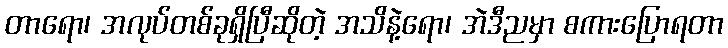
တာရော၊ အလုပ်တစ်ခုရှိပြီဆိုတဲ့ အသိနဲ့ရော၊ အဲဒီညမှာ စကားပြောရတာ